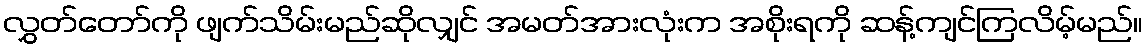
လွှတ်တော်ကို ဖျက်သိမ်းမည်ဆိုလျှင် အမတ်အားလုံးက အစိုးရကို ဆန့်ကျင်ကြလိမ့်မည်။